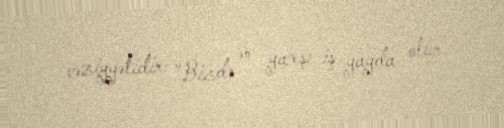
vəziyyətidir: "Bizdə ən yaxşı iş yayda olur.